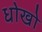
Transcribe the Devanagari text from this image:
धोखो